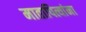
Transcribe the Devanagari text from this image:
मातापित्यांना